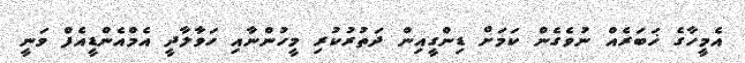
އެމީހާގެ ޚަބަރެއް ނުވެގެން ކަމަށް ޑިންގީއިން ދަތުރުކުރި މީހުންނާއި ހަވާލާދީ އެމްއެންޑީއެފް ވަނީ